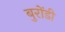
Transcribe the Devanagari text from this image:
बुरोंडी